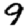
Digit: 9